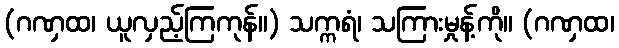
(ဂဏှထ၊ ယူလှည့်ကြကုန်။) သက္ကရံ၊ သကြားမှုန့်ကို။ (ဂဏှထ၊